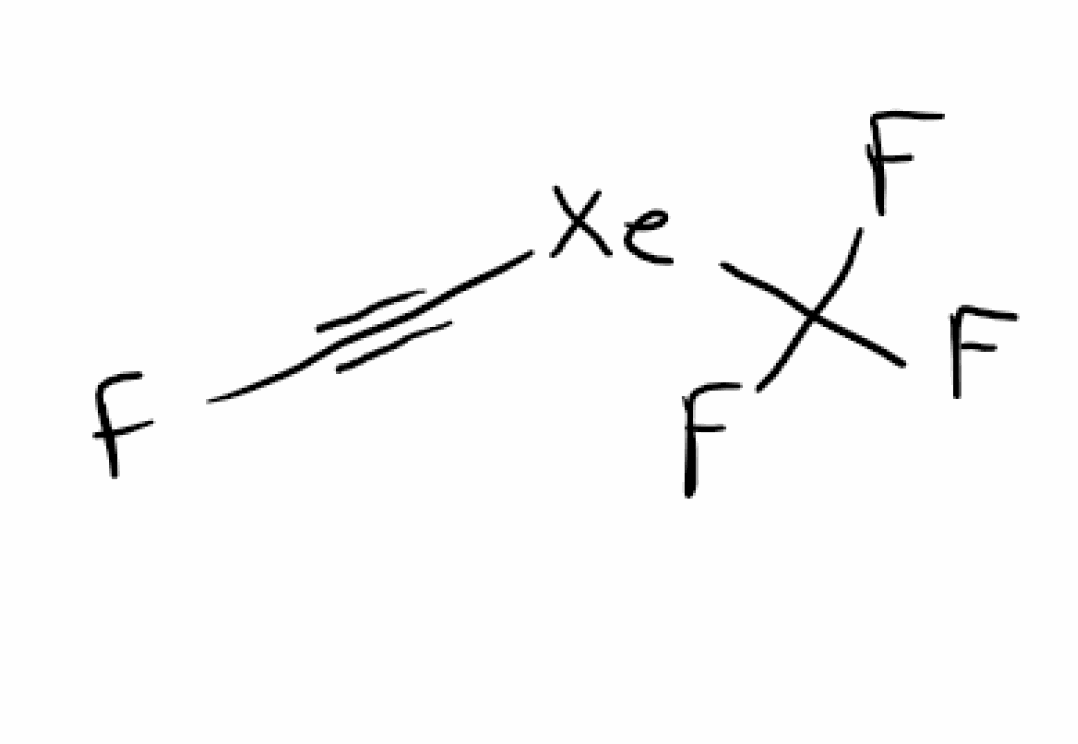
Simplified molecular-input line-entry system (SMILES) notation of the given molecule:
C(#C[Xe]C(F)(F)F)F